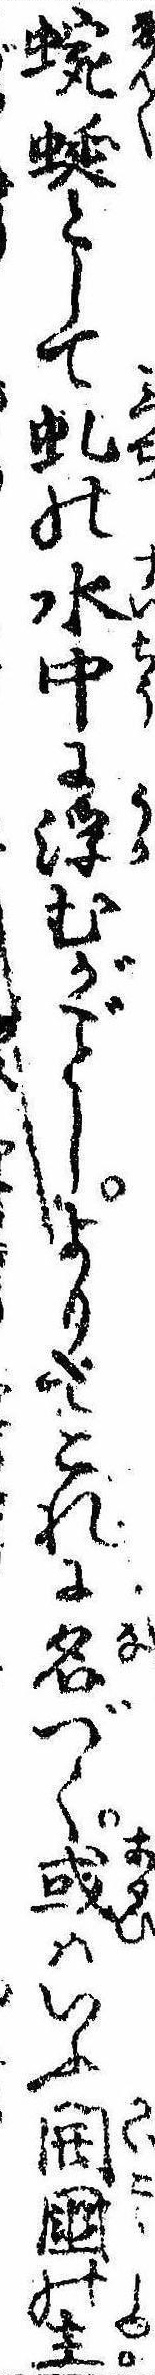
蜿蜒として虬の水中に浮むがしよりてこれに名づく或はいふ開国の主